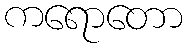
ကရောတော